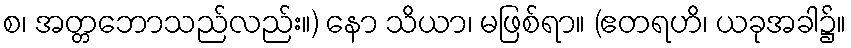
စ၊ အတ္တဘောသည်လည်း။) နော သိယာ၊ မဖြစ်ရာ။ (ဧတရဟိ၊ ယခုအခါ၌။